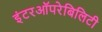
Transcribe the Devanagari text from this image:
इंटरऑपरेबिलिटी